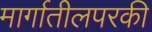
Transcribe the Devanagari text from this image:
मार्गातीलपरकी